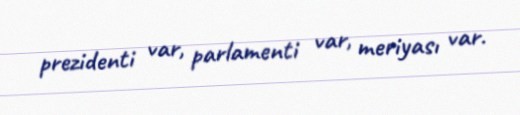
prezidenti var, parlamenti var, meriyası var.